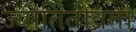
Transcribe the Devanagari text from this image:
ज्योतितीव्रता